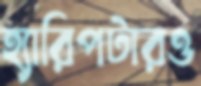
হ্যারিপটারও